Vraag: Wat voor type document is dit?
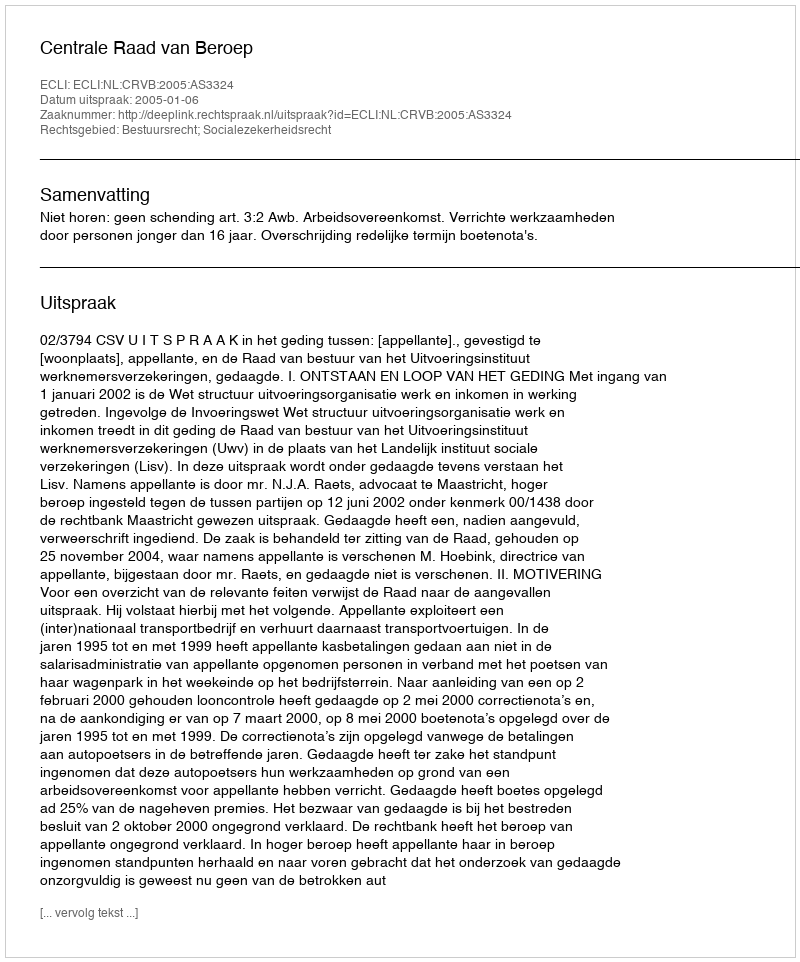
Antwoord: Uitspraak